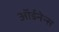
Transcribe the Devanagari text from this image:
ऑर्डनेन्स